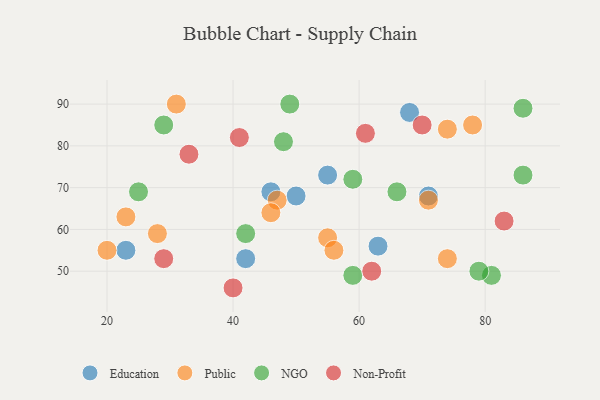
{"axis": {"x": "GDP", "y": "Life Expectancy"}, "legend": ["Education", "NGO", "Non-Profit", "Public"], "data": [{"x": "68", "y": 88, "type": "Education"}, {"x": "55", "y": 73, "type": "Education"}, {"x": "71", "y": 68, "type": "Education"}, {"x": "42", "y": 53, "type": "Education"}, {"x": "50", "y": 68, "type": "Education"}, {"x": "46", "y": 69, "type": "Education"}, {"x": "63", "y": 56, "type": "Education"}, {"x": "23", "y": 55, "type": "Education"}, {"x": "31", "y": 90, "type": "Public"}, {"x": "47", "y": 67, "type": "Public"}, {"x": "20", "y": 55, "type": "Public"}, {"x": "23", "y": 63, "type": "Public"}, {"x": "28", "y": 59, "type": "Public"}, {"x": "46", "y": 64, "type": "Public"}, {"x": "78", "y": 85, "type": "Public"}, {"x": "55", "y": 58, "type": "Public"}, {"x": "56", "y": 55, "type": "Public"}, {"x": "74", "y": 53, "type": "Public"}, {"x": "71", "y": 67, "type": "Public"}, {"x": "74", "y": 84, "type": "Public"}, {"x": "81", "y": 49, "type": "NGO"}, {"x": "29", "y": 85, "type": "NGO"}, {"x": "42", "y": 59, "type": "NGO"}, {"x": "79", "y": 50, "type": "NGO"}, {"x": "59", "y": 49, "type": "NGO"}, {"x": "25", "y": 69, "type": "NGO"}, {"x": "86", "y": 89, "type": "NGO"}, {"x": "49", "y": 90, "type": "NGO"}, {"x": "59", "y": 72, "type": "NGO"}, {"x": "86", "y": 73, "type": "NGO"}, {"x": "48", "y": 81, "type": "NGO"}, {"x": "66", "y": 69, "type": "NGO"}, {"x": "62", "y": 50, "type": "Non-Profit"}, {"x": "70", "y": 85, "type": "Non-Profit"}, {"x": "29", "y": 53, "type": "Non-Profit"}, {"x": "40", "y": 46, "type": "Non-Profit"}, {"x": "61", "y": 83, "type": "Non-Profit"}, {"x": "83", "y": 62, "type": "Non-Profit"}, {"x": "41", "y": 82, "type": "Non-Profit"}, {"x": "33", "y": 78, "type": "Non-Profit"}]}